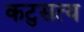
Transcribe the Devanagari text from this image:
कटुसत्य